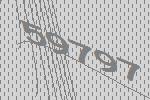
59797